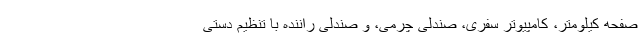
صفحه کیلومتر، کامپیوتر سفری، صندلی چرمی، و صندلی راننده با تنظیم دستی